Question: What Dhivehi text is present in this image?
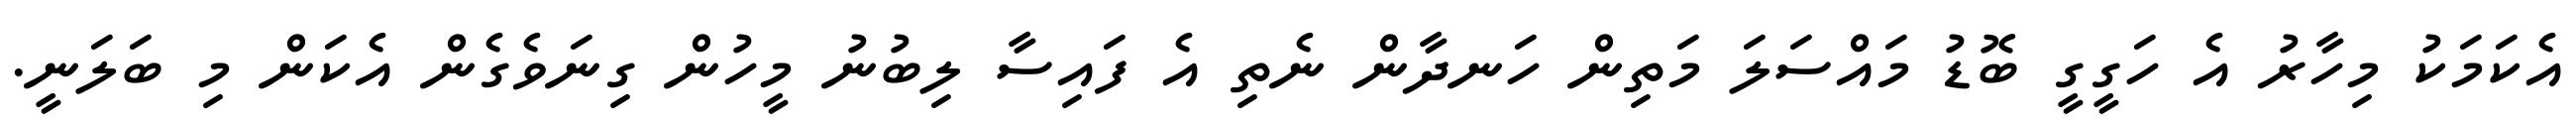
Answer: އެކަމަކު މިހާރު އެ ހަގީގީ ބޮޑު މައްސަލަ މަތިން ހަނދާން ނެތި އެ ފައިސާ ލިބުނު މީހުން ގިނަވެގެން އެކަން މި ބަލަނީ.